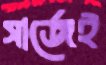
সার্জেই